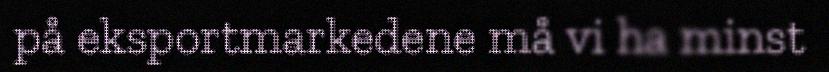
på eksportmarkedene må vi ha minst